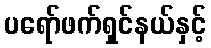
ပရော်ဖက်ရှင်နယ်နှင့်